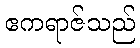
ဧကရာဇ်သည်